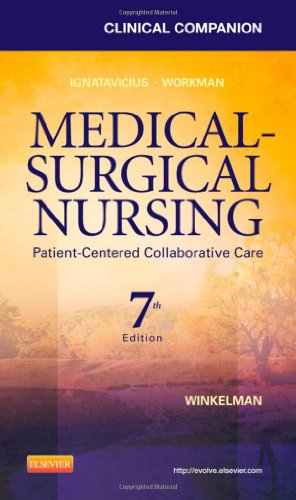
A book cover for Clinical Companion for Medical-Surgical Nursing: Patient-Centered Collaborative Care, 7e (Clinical Companion (Elsevier)); Donna D. Ignatavicius MS  RN  ANEF; Medical Books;